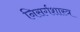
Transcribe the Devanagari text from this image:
निसर्गशास्त्र